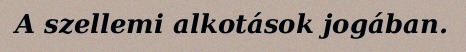
A szellemi alkotások jogában.